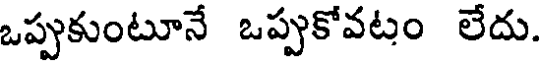
ఒప్పుకుంటూనే ఒప్పుకోవటం లేదు.